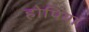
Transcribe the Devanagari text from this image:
होपिया